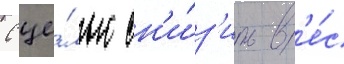
С це́лью сн'и́з'ить в'е́с